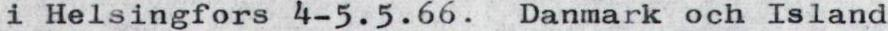
i Helsingfors 4-5.5.66. Danmark och Island